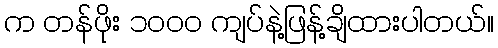
က တန်ဖိုး ၁၀၀၀ ကျပ်နဲ့ဖြန့်ချိထားပါတယ်။